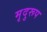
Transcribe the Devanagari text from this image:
मृदुरूप